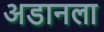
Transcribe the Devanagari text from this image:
अडानला